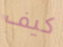
كيف